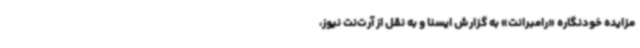
مزایده خودنگاره «رامبرانت» به گزارش ایسنا و به نقل از آرت‌نت نیوز،